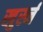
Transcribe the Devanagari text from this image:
खुर्स्न